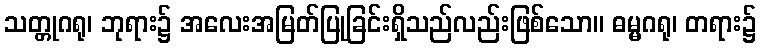
သတ္တုဂရု၊ ဘုရား၌ အလေးအမြတ်ပြုခြင်းရှိသည်လည်းဖြစ်သော။ ဓမ္မဂရု၊ တရား၌